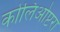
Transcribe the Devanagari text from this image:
कोलिओप्टरा